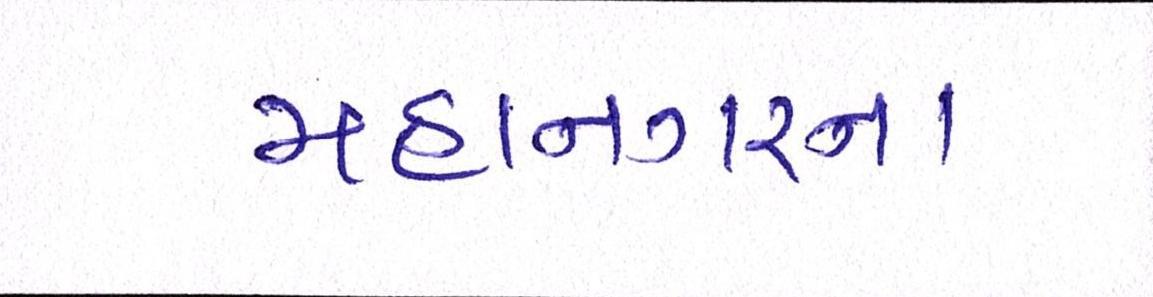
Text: મહાનગરના